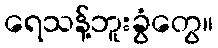
ရေသန့်ဘူးခွံတွေ။